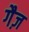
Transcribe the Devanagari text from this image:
गैज़